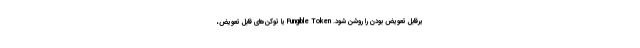
یرقابل‌ تعویض بودن را روشن شود. Fungible Token یا توکن‌های قابل تعویض،